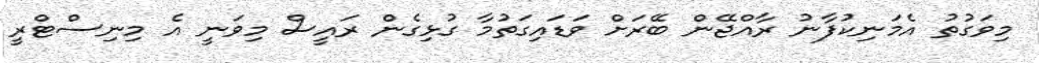
މިވަގުތު އެމަނިކުފާނު ރާއްޖޭން ބޭރަށް ވަޑައިގަތުމާ ގުޅިގެން ރައީސް މިވަނީ އެ މިނިސްޓްރީ